Annual statistical returns and brief notes on vaccination in Bengal - 1887-1898
Year: 1887
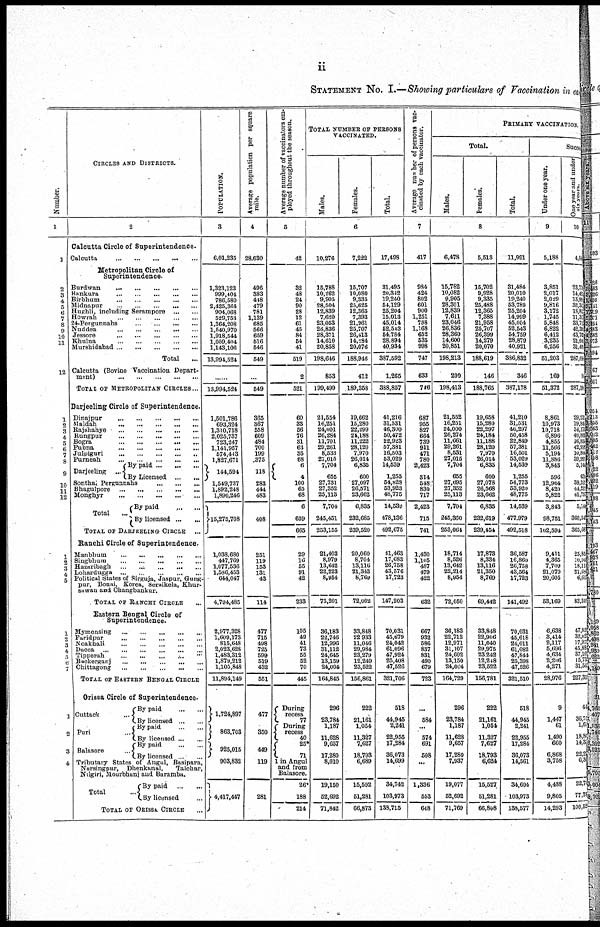
ii
STATEMENT No. I.—Showing particulars of Vaccination in each
Number.
1
1
2
3
4
5
6
7
8
9
10
11
12
1
2
3
4
5
6
7
8
9
10
11
12
1
2
3
4
5
1
2
3
4
5
6 7
1
2
3
4
CIRCLES AND DISTRICTS.
2
Calcutta Circle of Superintendence.
Calcutta
...
...
...
...
...
Metropolitan Circle of
Superintendence.
Burdwan
...
...
...
...
...
Bankura
...
...
...
...
...
Birbhum
...
...
...
...
...
Midnapur
...
...
...
...
...
Hughli, including Serampore
...
...
Howrah
...
...
...
...
...
24-Pergunnahs
...
...
...
...
Nuddea
...
...
...
...
...
Jessore
...
...
...
...
...
Khulna
...
...
...
...
...
Murshidabad
...
...
...
...
...
Total ...
Calcutta (Bovine Vaccination Depart-
ment)
...
...
...
...
...
TOTAL OF METROPOLITAN CIRCLES ...
Darjeeling Circle of Superintendence.
Dinajpur
...
...
...
...
...
Maldah
...
...
...
...
...
Rajshahye
...
...
...
...
...
Rungpur
...
...
...
...
...
Bogra
...
...
...
...
...
Pubna
...
...
...
...
Julpiguri
...
...
...
...
...
Purneah
...
...
...
...
...
Darjeeling
...
By paid
...
...
...
By Licensed
...
...
Sonthal Pergunnahs
...
...
...
Bhagulpore
...
...
...
...
...
Monghyr
...
...
...
...
...
Total
...
By paid
...
...
By licensed
...
...
TOTAL OF DARJEELING CIRCLE
...
Ranchi Circle of Superintendence.
Manbhum
...
...
...
...
...
Singbhum
...
...
...
...
...
Hazaribagh
...
...
...
...
...
Lohardugga
...
...
...
...
...
Political States of Sirguja, Jaspur, Gung-
pur, Bonai, Korea, Seraikela, Khur-
sawan and Changbankur.
TOTAL OF RANCHI CIRCLE ...
Eastern Bengal Circle of
Superintendence.
Mymensing
...
...
...
...
...
Furidpur
...
...
...
...
...
Noakhali
...
...
...
...
...
Dacca
...
...
...
...
...
Tipperah
...
...
...
...
...
Backerganj
...
...
...
...
...
Chittagong
...
...
...
...
...
TOTAL OF EASTERN BENGAL CIRCLE
Orissa Circle of Superintendence.
Cuttack ...
Puri
Balasore ...
By paid
...
...
By licensed
...
...
By paid
...
...
By licensed ... ...
By paid
...
...
By licensed ... ...
Tributary States of Angul, Basipara,
Narsingpur, Dhenkanal,
Talchar,
Nilgiri, Mourbhanj and Buramba.
Total ...
By paid
...
...
By licensed ...
TOTAL OF ORISSA CIRCLE ...
POPULATION.
3
6,01,235
1,323,123
999,404
786,580
2,425,364
904,068
529,753
1,364,208
1,540,970
1,918,544
1,059,404
1,143,106
13,994,524
......
13,994,524
1,501,786
693,324
1,310,718
2,025,737
723,247
1,141,957
574,443
1,827,671
144,594
1,549,737
1,892,248
1,890,246
15,275,708
1,038,680
447,769
1,077,536
1,586,453
644,047
4,794,485
2,977,328
1,609,173
815,648
2,023,628
1,483,312
1,879,212
1,105,848
11,894,149
1,724,897
863,703
925,015
903,832
4,417,447
Average population per square
mile.
4
28,630
496
383
448
479
781
1,139
685
566
659
516
546
549
...
549
365
367
558
609
484
700
199
375
118
283
444
483
408
251
119
153
131
43
114
477
715
498
725
599
519
432
551
477
350
449
119
281
Average number of vaccinators em-
ployed throughout the season.
5
42
32
48
24
90
28
12
61
45
84
54
41
519
2
521
60
33
56
76
31
63
35
68
6
4
100
65
68
6
659
665
29
16
55
91
42
233
105
49
41
73
55
52
70
445
During
recess
77
During
recess
40
25*
71
1 in Angul
and from
Balasore.
26*
188
214
TOTAL NUMBER OF PERSONS
VACCINATED.
Males.
Females.
Total.
6
10,276
15,788
10,262
9,905
28,504
12,839
7,620
23,053
26,836
28,371
14,610
20,858
198,646
853
199,499
21,554
16,251
24,001
26,284
11,701
29,261
8,533
27,015
7,704
655
27,731
27,352
25,113
7,704
245,451
253,155
21,403
8,979
13,642
22,223
8,954
75,201
36,183
22,746
12,996
31,112
24,645
13,159
24,004
164,845
296
23,784
1,187
11,628
9,657
17,280
8,010
19,150
52,692
71,842
7,222
15,707
10,080
9,335
25,625
12,365
7,393
21,961
25,707
26,413
14,284
20,076
188,946
412
189,358
19,662
15,280
22,299
24,188
11,222
28,120
7,970
26,014
6,835
600
27,097
26,571
23,662
6,835
232,685
239,520
20,060
8,704
13,116
21,343
8,769
72,002
33,848
22,933
11,046
29,984
23,279
12,249
23,522
156,861
222
21,161
1,054
11,327
7,627
18,793
6,689
15,592
51,281
66,873
17,498
31,495
20,342
19,240
54,129
25,204
15,013
45,014
52,543
54,784
28,894
40,934
387,592
1,265
388,857
41,216
31,531
46,300
50,472
22,923
57,381
16,503
53,029
14,539
1,255
54,828
53,923
48,775
14,539
478,136
492,675
41,463
17,683
26,758
43,576
17,723
147,203
70,031
45,679
24,042
61,096
47,924
25,408
47,526
321,706
518
44,945
2,241
22,955
17,284
36,073
14,699
34,742
103,973
138,715
Average number of persons vac-
cinated by each vaccinator.
7
417
984
424
802
601
900
1,251
738
1,168
652
535
998
747
633
746
687
955
827
664
739
911
471
780
2,423
314
548
830
717
2,423
715
741
1,430
1,105
487
479
422
632
667
932
586
837
831
490
679
723
...
584
...
574
691
508
...
1,336
553
648
PRIMARY VACCINATION.
Total.
Males.
Females.
Total.
8
6,478
15,782
10,082
9,905
28,301
12,839
7,611
23,046
26,836
28,360
14,600
20,851
198,213
200
198,413
21,552
16,251
24,000
26,274
11,661
29,261
8,531
27,015
7,704
655
27,695
27,352
25,113
7,704
245,360
253,064
18,714
8,526
13,642
22,214
8,954
72,050
36,183
22,712
12,971
31,107
24,602
13,150
24,004
164,729
296
23,784
1,187
11,628
9,657
17,280
7,937
19,077
52,692
71,769
5,513
15,702
9,928
9,335
25,488
12,365
7,388
21,958
25,707
26,399
14,279
20,070
188,619
146
188,765
19,658
15,280
22,297
24,184
11,188
28,120
7,970
26,014
6,835
600
27,078
26,568
23,662
6,835
232,619
239,454
17,873
8,334
13,116
21,350
8,769
69,442
33,848
22,906
11,040
29,975
23,242
12,248
23,522
156,781
222
21,161
1,054
11,327
7,627
18,793
6,624
15,527
51,281
66,808
11,991
31,484
20,010
19,240
53,789
25,204
14,999
45,004
52,543
54,759
28,879
40,921
386,832
346
387,178
41,210
31,531
46,297
50,458
22,849
57,381
16,501
53,029
14,539
1,255
54,773
53,920
48,775
14,539
477,979
492,518
36,587
16,860
26,758
43,564
17,723
141,492
70,031
45,618
24,011
61,082
47,844
25,398
47,526
321,510
518
44,945
2,241
22,955
17,284
36,073
14,561
34,604
103,973
138,577
Succe
Under one year.
9
5,188
3,851
2,017
2,029
9,816
3,172
1,745
5,848
6,822
6,412
3,235
6,256
51,203
169
51,372
8,861
10,973
10,718
6,896
4,855
11,566
5,194
11,886
3,843
596
12,964
8,420
5,822
3,843
98,751
102,594
9,411
4,365
7,709
21,079
20,605
53,169
6,638
3,414
2,117
5,696
4,634
2,206
4,271
28,976
9
1,447
61
1,490
660
6,868
3,758
4,488
9,805
14,293
One year and under
six years.
10
4,84
23,77
14,497 13,920
32,347
18,857
11,317
33,715
42,390
43,760
21,069
31,493
287,090
94
287,190
29,233
l9,845
34,173
40,800
16,850
42,991
10,806
39,991
5,140
63
39,220
44,225
41,757
5,14
360,543
365,68
25,85
10,94
18,11
21,68
6,613
83,20
47,05
32,02
17,97
45,88
37,109
15,73
31,543
227,31
4
36,75
1,6
18,8
14,3
22,2
6,3
22,7
77.78
100,52